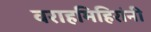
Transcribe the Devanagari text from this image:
वराहमिहिरांनी